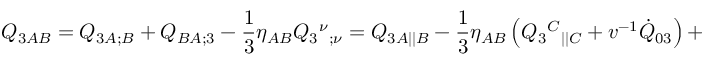
{ \cal Q } _ { 3 A B } = Q _ { 3 A ; B } + Q _ { B A ; 3 } - \frac 1 3 \eta _ { A B } Q _ { 3 } { ^ \nu } { _ { ; \nu } } = { Q } _ { 3 A | | B } - \frac { 1 } { 3 } \eta _ { A B } \left( Q _ { 3 } { ^ C } { _ { | | C } } + v ^ { - 1 } \dot { Q } _ { 0 3 } \right) +